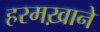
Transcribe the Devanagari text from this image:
हरमख़ाने